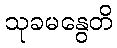
သုခမနွေတိ